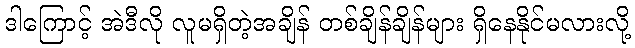
ဒါကြောင့် အဲဒီလို လူမရှိတဲ့အချိန် တစ်ချိန်ချိန်များ ရှိနေနိုင်မလားလို့